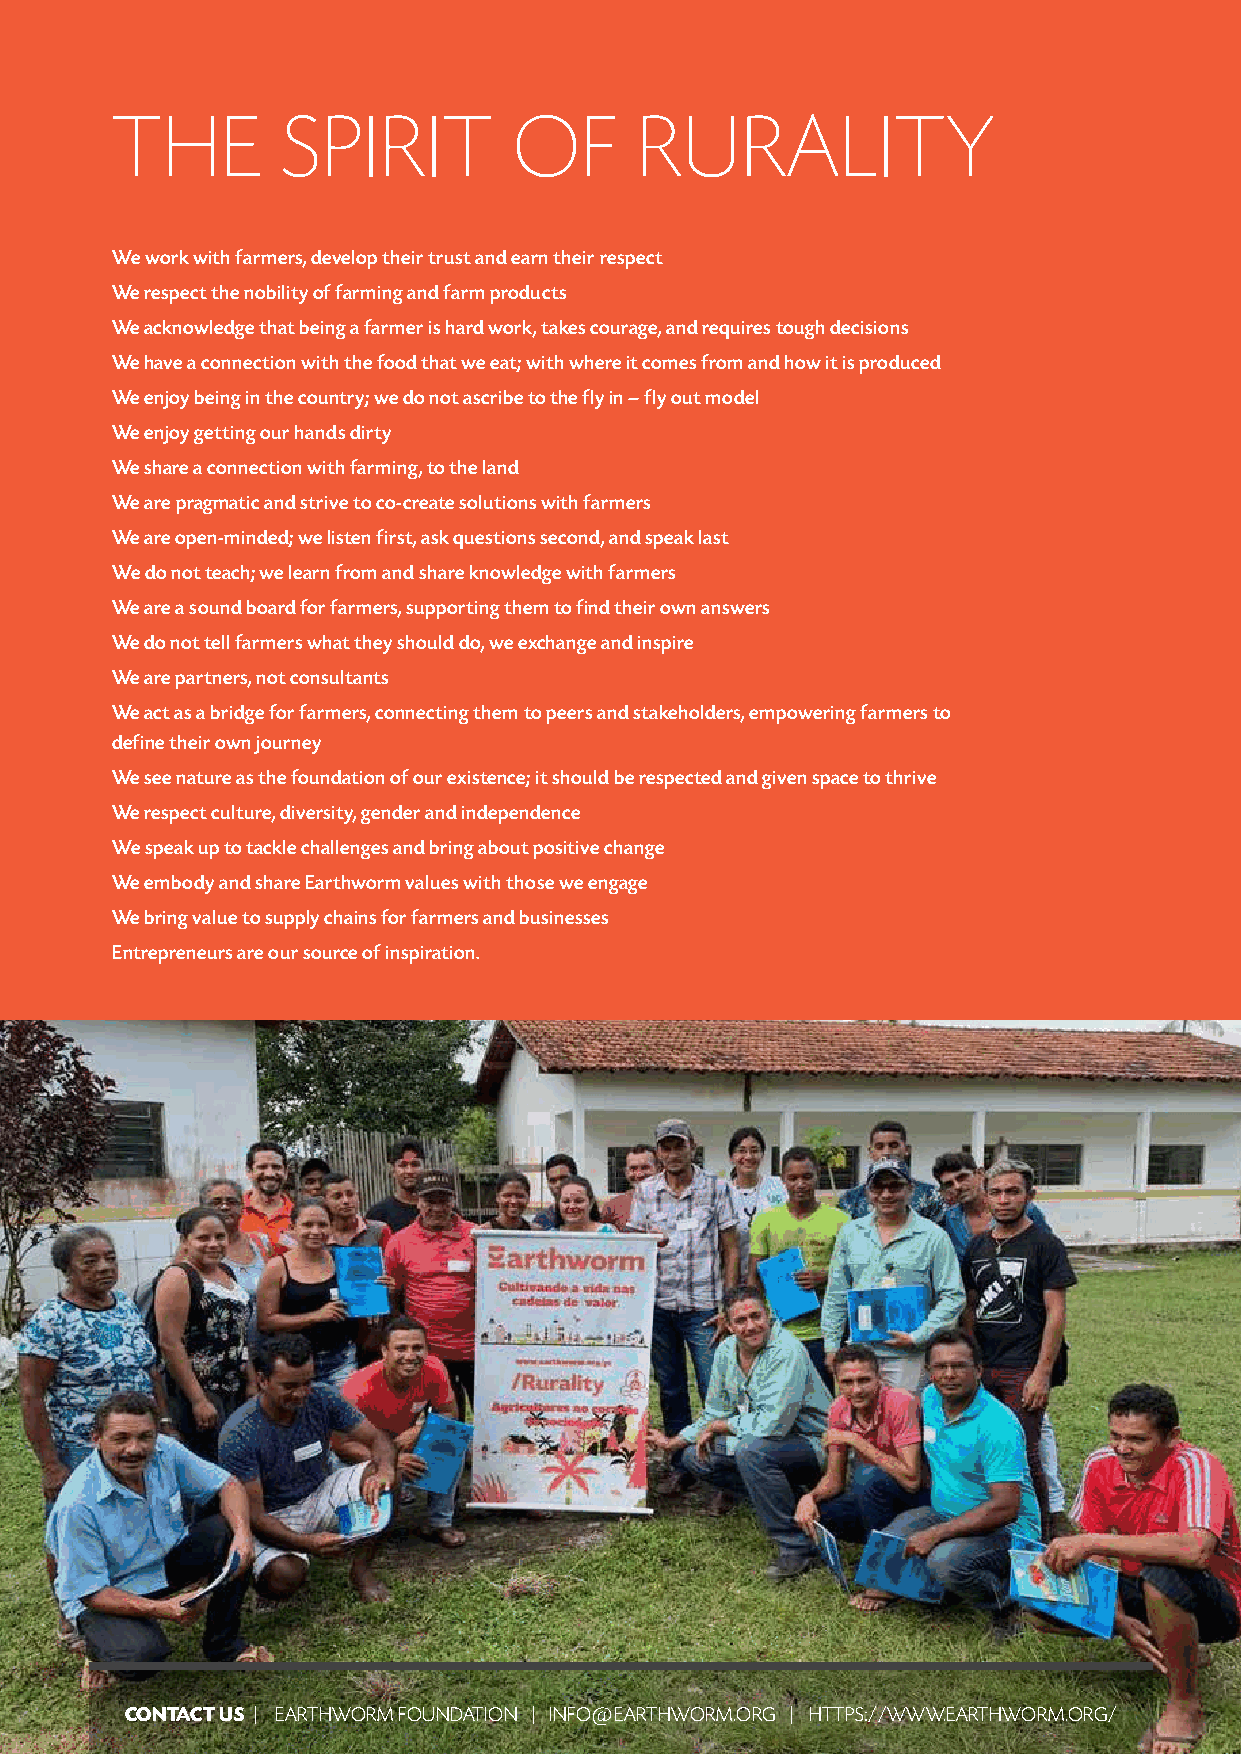
THE         SPIRIT         OF      RURALITY
 We work with farmers, develop their trust and earn their respect
 We respect the nobility of farming and farm products
 We acknowledge that being a farmer is hard work, takes courage, and requires tough decisions
 We have a connection with the food that we eat; with where it comes from and how it is produced
 We enjoy being in the country; we do not ascribe to the fly in – fly out model
 We enjoy getting our hands dirty
 We share a connection with farming, to the land
 We are pragmatic and strive to co-create solutions with farmers
 We are open-minded; we listen first, ask questions second, and speak last
 We do not teach; we learn from and share knowledge with farmers
 We are a sound board for farmers, supporting them to find their own answers
 We do not tell farmers what they should do, we exchange and inspire
 We are partners, not consultants
 We act as a bridge for farmers, connecting them to peers and stakeholders, empowering farmers to
 define their own journey
 We see nature as the foundation of our existence; it should be respected and given space to thrive
 We respect culture, diversity, gender and independence
 We speak up to tackle challenges and bring about positive change
 We embody and share Earthworm values with those we engage
 We bring value to supply chains for farmers and businesses
 Entrepreneurs are our source of inspiration.
 CONTACT US | EARTHWORM FOUNDATION | INFO@EARTHWORM.ORG | HTTPS://WWW.EARTHWORM.ORG/